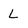
Character: L